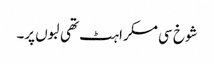
شوخ سی مسکراہٹ تھی لبوں پر۔